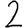
Digit: 2